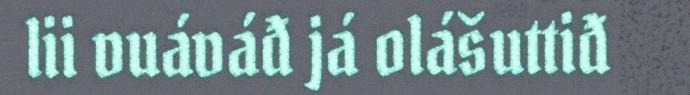
lii vuáváđ já olášuttiđ